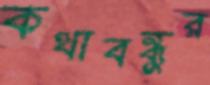
কথাবন্ধুর